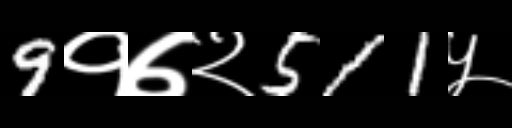
Text: 9१७२511५